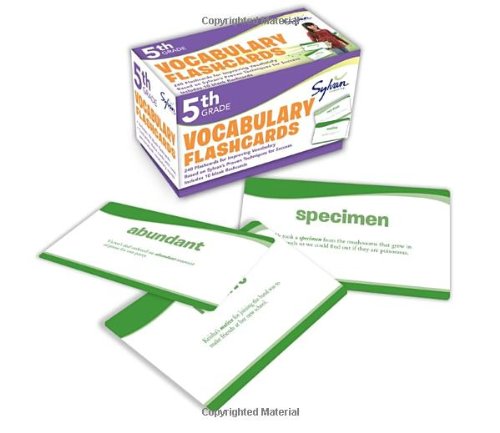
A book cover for Fifth Grade Vocabulary Flashcards (Flashcards Language Arts); Sylvan Learning; Reference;